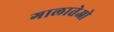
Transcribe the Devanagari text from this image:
गालातेओ